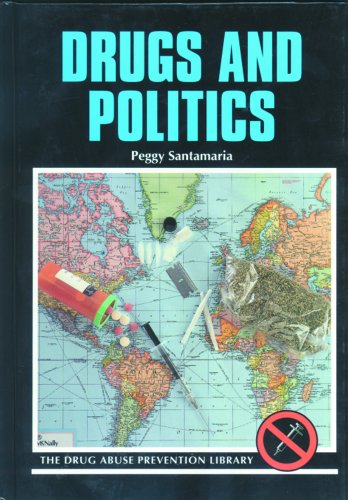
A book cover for Drugs and Politics (Drug Abuse Prevention Library); Peggy Santamaria; Teen & Young Adult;